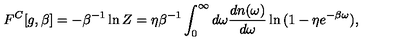
F ^ { C } [ g , \beta ] = - \beta ^ { - 1 } \ln Z = \eta \beta ^ { - 1 } \int _ { 0 } ^ { \infty } d \omega { \frac { d n ( \omega ) } { d \omega } } \ln { ( 1 - \eta e ^ { - \beta \omega } ) } ,